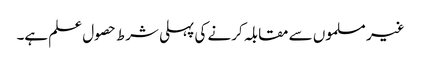
غیر مسلموں سے مقابلہ کرنے کی پہلی شرط حصول علم ہے۔